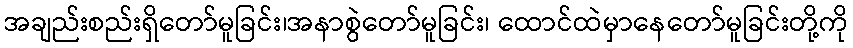
အချည်းစည်းရှိတော်မူခြင်း၊အနာစွဲတော်မူခြင်း၊ ထောင်ထဲမှာနေတော်မူခြင်းတို့ကို